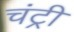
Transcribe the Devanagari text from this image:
चंट्री